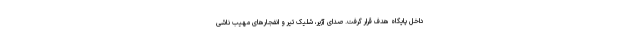
داخل پایگاه هدف قرار گرفت. صدای آژیر، شلیک تیر و انفجارهای مهیب ناشی